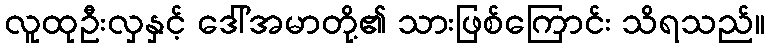
လူထုဦးလှနှင့် ဒေါ်အမာတို့၏ သားဖြစ်ကြောင်း သိရသည်။